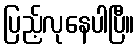
ပြည့်လုနေပါပြီ။